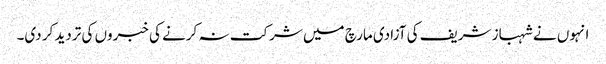
انہوں نے شہباز شریف کی آزادی مارچ میں شرکت نہ کرنے کی خبروں کی تردید کر دی۔